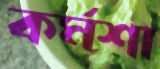
কর্মশা